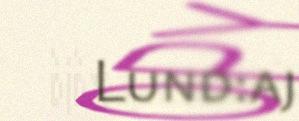
Lund:aj